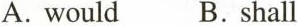
A.would B.shall